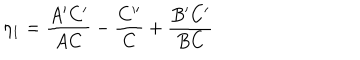
\eta _ { 1 } = { \frac { A ^ { \prime } C ^ { \prime } } { A C } } - { \frac { C ^ { \prime \prime } } { C } } + { \frac { B ^ { \prime } C ^ { \prime } } { B C } }